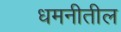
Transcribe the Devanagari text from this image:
धमनीतील